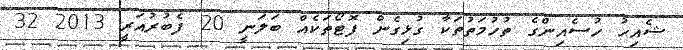
ޝެއިހު ހުސެއިންގެ ތުހުމަތުތަކާ ގުޅިގެން ފޮޓޯތަކެއް ބަލަނީ 20 ފެބުރުއަރީ 2013 32